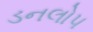
ડનલોપ